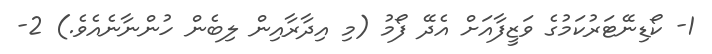
1- ކޯޑިނޭޓަރުކަމުގެ ވަޒީފާއަށް އެދޭ ފޯމު (މި އިދާރާއިން ލިބެން ހުންނާނެއެވެ.) 2-